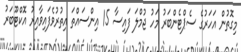
މިގޮތުން އަހަރުގެ ސެޕްޓެންބަރު މަހު ޖުމްލަ ފައިސާ 15 އިންސައްތަ އިތުރުވެފައިވާއިރު އޮކްޓޫބަރު